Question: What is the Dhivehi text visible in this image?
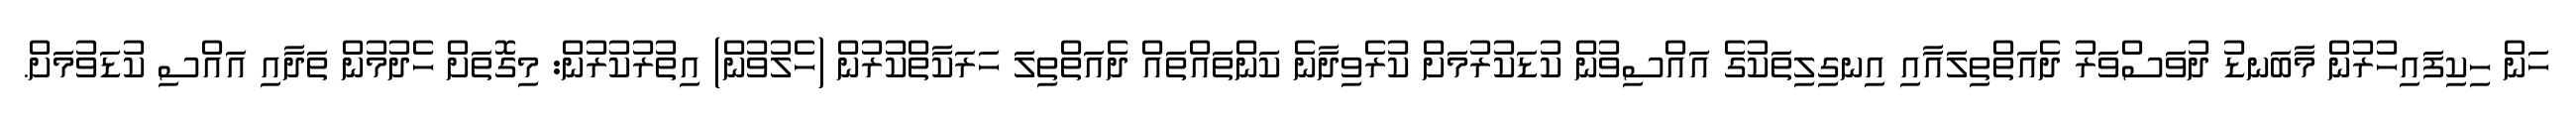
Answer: ހަން ހިކިފައިހުރުން މާބަނޑު ދުވަސްވަރު ދެއަތްތިލައާއި އިނގިލިތަކުގެ އައްސިވުން ކުޑަކުރުމަށް ކުރެވިދާނެ ކަންތައްތައް ދެއަތްތިލަ ހަރަކާތްކުރުން (ހެލުވުން) އިތުރުކުރުން: މިގޮތަށް ހެދުމުން ތަދާއި އައްސި ކުޑަވުމަށް.